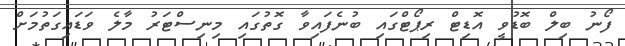
ފޯނު ބިިލް ބޮޑުވީ އޮޑިޓް ރިޕޯޓްގައި ބުނެފައިވާ ގޮތުގައި މިނިސްޓަރު މާލެ ވަޑައިގަތުމަށް